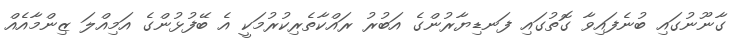
ގާނޫނުގައި ބުނެފައިވާ ގޮތުގައި ފަނޑިޔާރުންގެ އަބުރު ރައްކާތެރިކުރުމަކީ އެ ބޭފުޅުންގެ އަމިއްލަ ޒިންމާއެއް